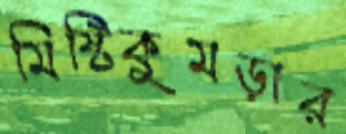
মিষ্টিকুমড়ার